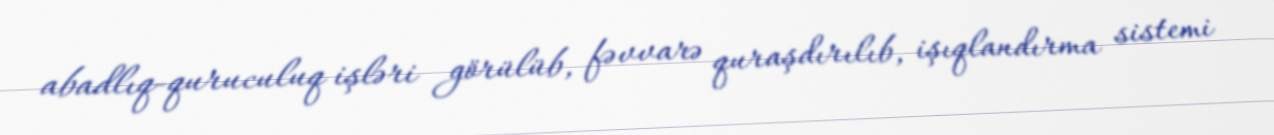
abadlıq-quruculuq işləri görülüb, fəvvarə quraşdırılıb, işıqlandırma sistemi